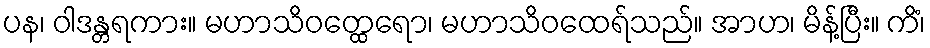
ပန၊ ဝါဒန္တရကား။ မဟာသိဝတ္ထေရော၊ မဟာသိဝထေရ်သည်။ အာဟ၊ မိန့်ပြီး။ ကိံ၊